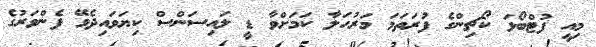
މިއީ ފުޓްބޯޅަ ކޯޗިންގެ ފުރަތަމަ މަރުހަލާ ކަމަށްވާ ޑީ ލައިސަންސް ކިޔަވައިދެވޭ ފެންވަރުގެ